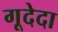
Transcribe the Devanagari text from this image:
गूदेदा